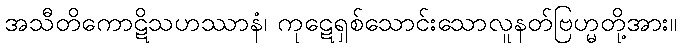
အသီတိကောဋိသဟဿာနံ၊ ကုဋေရှစ်သောင်းသောလူနတ်ဗြဟ္မတို့အား။